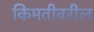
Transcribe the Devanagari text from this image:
किमतीवरील